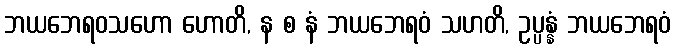
ဘယဘေရဝသဟော ဟောတိ, န စ နံ ဘယဘေရဝံ သဟတိ, ဥပ္ပန္နံ ဘယဘေရဝံ